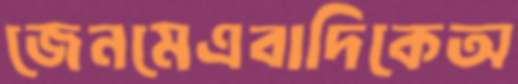
জেনমেএবাদিকেঅ